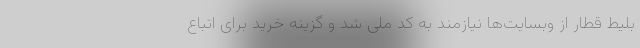
بلیط قطار از وبسایت‌ها نیازمند به کد ملی شد و گزینه خرید برای اتباع